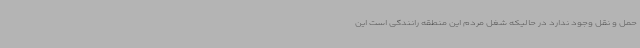
حمل و نقل وجود ندارد در حالیکه شغل مردم این منطقه رانندگی است این